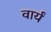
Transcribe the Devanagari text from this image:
वार्यं